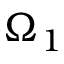
\Omega _ { 1 }